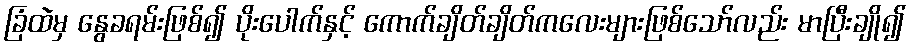
ခြံထဲမှ နွေခရမ်းဖြစ်၍ ပိုးပေါက်နှင့် ကောက်ချိတ်ချိတ်ကလေးများဖြစ်သော်လည်း မာပြီးချို၍